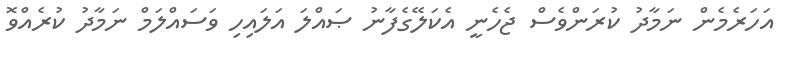
އަހަރެމެން ނަމާދު ކުރަންވެސް ޖެހެނީ އެކަލޭގެފާނު ޞައްލަ އަލައިހި ވަސައްލަމް ނަމާދު ކުރެއްވޮ